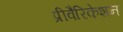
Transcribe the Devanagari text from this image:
प्रीवैरिकेशन